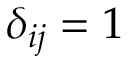
\delta _ { i j } = 1